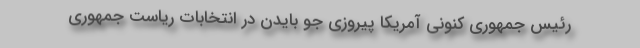
رئیس جمهوری کنونی آمریکا پیروزی جو بایدن در انتخابات ریاست جمهوری